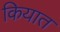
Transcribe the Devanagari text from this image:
कियात